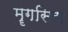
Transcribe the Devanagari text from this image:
मॄगसिरा